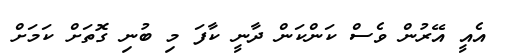
އެއީ އޭރުން ވެސް ކަންކަން ދާނީ ކާފަ މި ބުނި ގޮތަށް ކަމަށް